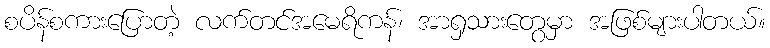
စပိန်စကားပြောတဲ့ လက်တင်အမေရိကန်၊ အာရှသားတွေမှာ အဖြစ်များပါတယ်။